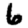
Digit: 6